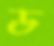
ড